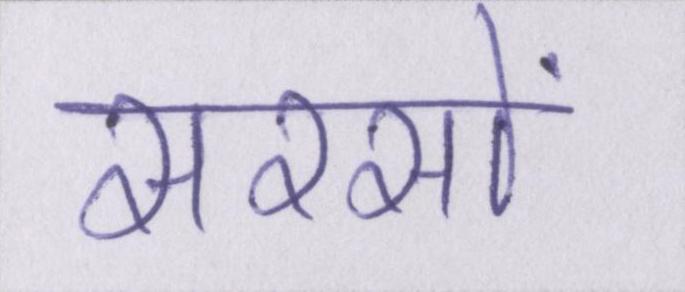
सरसों